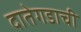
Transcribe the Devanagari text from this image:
दातेगडाची